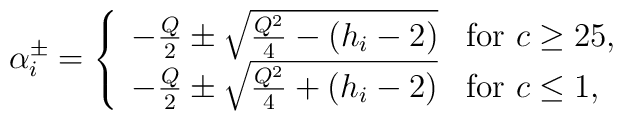
\alpha_i^\pm = \left\{ \begin{array}{ll} -{Q\over2}\pm{\sqrt{{Q^2\over4}-(h_i-2)}} &\mbox{for\ $c\ge25$,}\\ -{Q\over2}\pm{\sqrt{{Q^2\over4}+(h_i-2)}} & \mbox{for\ $c\le1$,} \end{array}\right.